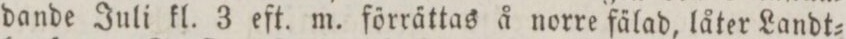
dande Juli kl. 3 eft. m. förrättas å norre fälad, låter Landt=